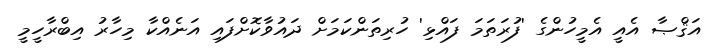
އަޤްޞާ އެއީ އެމީހުންގެ 'ފުރަތަމަ ފައްޅި' ހުރިތަންކަމަށް ދައުވާކޮށްފައި އަނެއްކާ މިހާރު އިބްރާހީމީ